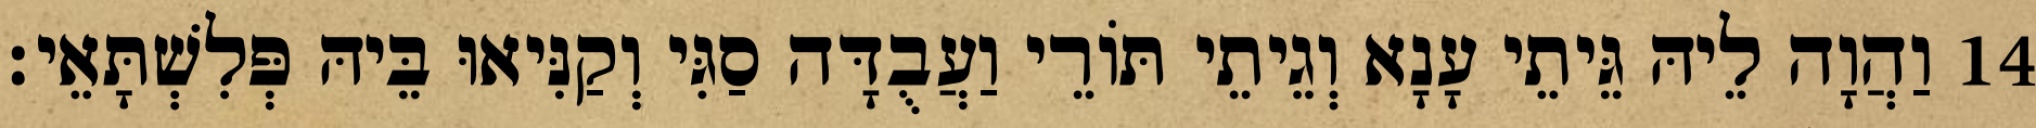
14 וַהֲוָה לֵיהּ גֵּיתֵי עָנָא וְגֵיתֵי תּוֹרֵי וַעֲבֻדָּה סַגִּי וְקַנִּיאוּ בֵּיהּ פְּלִשְׁתָּאֵי׃